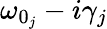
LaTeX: \omega_{0_{j}}-i\gamma_{j}